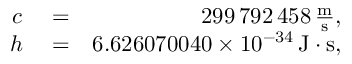
\begin{array} { r l r } { c } & { { } = } & { 2 9 9 \, 7 9 2 \, 4 5 8 \, \frac { { \mathrm m } } { { \mathrm s } } , } \\ { h } & { { } = } & { 6 . 6 2 6 0 7 0 0 4 0 \times 1 0 ^ { - 3 4 } \, { \mathrm J } \cdot { \mathrm s } , } \end{array}